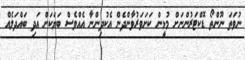
ނުވަތަ ނޫންތޯ ޑޮކްޓަރުންނަށް މުޅީން ކަށަވަރުވާންދެން އެކުދިންނާ އެއްވެސް ބަޔަކަށް އަދި ބައްދަލެއް